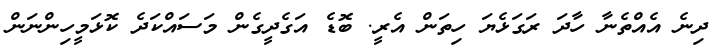
ދިނެ އެއްތެނާ ހާދަ ރަގަޅެޔަ ހިތަން އެރީ. ބޮޑެ އަގެދީގެން މަސައްކަދެ ކޮޅަމީހިންނަން